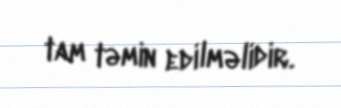
tam təmin edilməlidir.